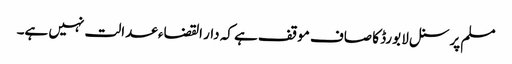
مسلم پرسنل لا بورڈ کا صاف موقف ہے کہ دار القضاء عدالت نہیں ہے۔